Report on malaria in the Punjab during the year ...  together with an account of the work of the Punjab Malaria Bureau - Volume 6
Disease focus: Malaria
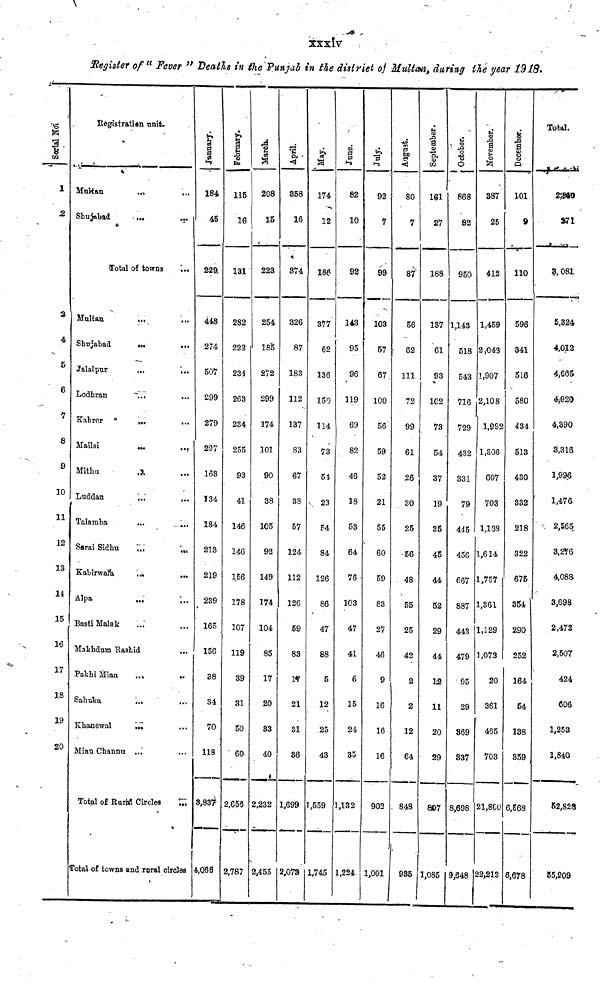
xxxiv
Register of " Fever " Deaths in the Punjab in the district of Multan, during the year 1918.
Serial No.
1
2
3
4
5
6
7
8
9
10
11
12
13
14
15
17
18
19
20
Registration unit.
Multau
Shujabad
...
...
Total of towns
Multan
Shujabad
Jalalpur
Lodhran
Kahror
Mailsi
Mithu
Luddan
Talamba
Sarai Sidhu
Kabirwala
Alpa
Basti Malak
...
...
...
...
...
...
...
...
...
...
...
...
...
Makhdum Rashid
Pakhi Mian
Sahuka
Khanewal
Mian Channu
...
...
...
...
Total of Rural Circles
...
...
...
...
...
...
...
...
...
...
...
...
...
...
...
...
...
-
...
...
...
...
Total of towns and rural circles
January.
184
45
229
448
274
507
299
279
297
163
!34
184
213
219
239
165
156
38
34
70
118
8,837
4,066
February.
115
16
131
282
222
234
263
234
255
93
41
146
146
156
178
107
119
39
31
50
60
2,656
2,787
March.
208
15
223
254
185
272
299
174
101
90
38
105
92
149
174
104
85
17
20
33
40
2,232
2,455
April.
358
16
374
326
87
183
112
137
83
67
38
57
124
112
126
59
83
17
21
31
36
1,699
2,073
May.
174
12
186
377
62
136
150
114
73
54
23
54
84
126
86
47
88
5
12
25
43
,559
1,745
June.
82
10
92
143
95
96
119
69
82
46
18
53
64
76
103
47
41
6
15
24
35
,132
1,224
July.
92
7
99
103
57
67
100
56
59
52
21
55
60
59
83
27
46
9
16
16
16
902
1,001
August.
80
7
87
56
62
111
72
99
61
26
30
25
56
48
55
25
42
2
2
12
64
848
935
September.
161
27
188
137
61
93
102
73
54
37
19
35
45
44
52
29
44
12
11
20
29
897
1,085
October.
868
82
950
1,143
518
543
716
729
432
331
79
445
456
667
887
443
479
95
29
369
337
8,698
9,648
November.
387
25
412
1,459
2,043
1,907
2,108
1,992
1,306
607
703
1,188
1,614
1,757
1,361
1,129
1,072
20
361
465
703
21,860
22,212
December.
101
9
110
596
341
516
580
434
513
430
332
218
322
675
354
290
252
164
54
138
359
6,568
6,678
Total.
2,840
271
3,081
5,324
4,012
4,665
4,920
4,390
3,316
1,996
1,476
2,565
3,276
4,088
3,698
2,472
2,507
424
606
1,253
1,840
52,828
55,909